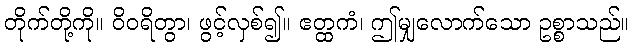
တိုက်တို့ကို။ ဝိဝရိတွာ၊ ဖွင့်လှစ်၍။ ဧတ္ထကံ၊ ဤမျှလောက်သော ဥစ္စာသည်။